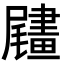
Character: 𦘧